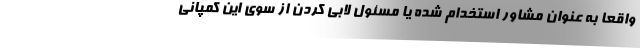
واقعا به عنوان مشاور استخدام شده یا مسئول لابی کردن از سوی این کمپانی